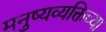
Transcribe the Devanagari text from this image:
मनुष्यव्यक्तिच्या